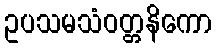
ဥပသမသံဝတ္တနိကော